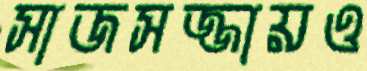
সাজসজ্জায়ও